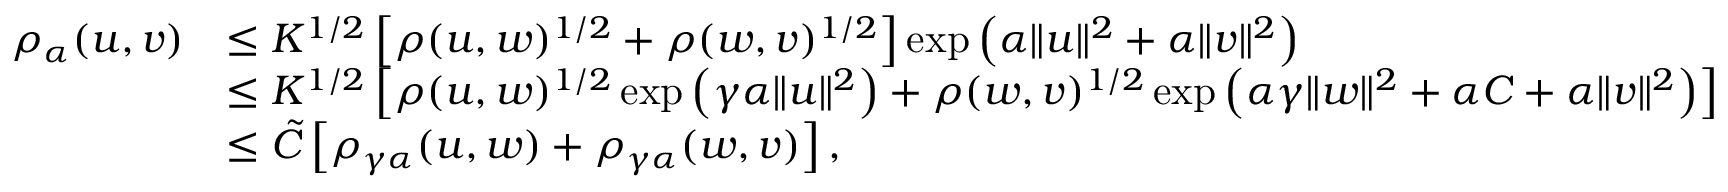
\begin{array} { r l } { \rho _ { \alpha } ( u , v ) } & { \leq K ^ { 1 / 2 } \left[ \rho ( u , w ) ^ { 1 / 2 } + \rho ( w , v ) ^ { 1 / 2 } \right] \exp \left( \alpha \| u \| ^ { 2 } + \alpha \| v \| ^ { 2 } \right) } \\ & { \leq K ^ { 1 / 2 } \left[ \rho ( u , w ) ^ { 1 / 2 } \exp \left( \gamma \alpha \| u \| ^ { 2 } \right) + \rho ( w , v ) ^ { 1 / 2 } \exp \left( \alpha \gamma \| w \| ^ { 2 } + \alpha C + \alpha \| v \| ^ { 2 } \right) \right] } \\ & { \leq \tilde { C } \left[ \rho _ { \gamma \alpha } ( u , w ) + \rho _ { \gamma \alpha } ( w , v ) \right] , } \end{array}